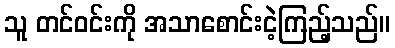
သူ တင်ဝင်းကို အသာစောင်းငဲ့ကြည့်သည်။